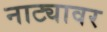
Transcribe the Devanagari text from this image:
नाट्यावर